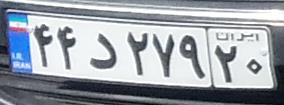
۴۴د۲۷۹۲۰